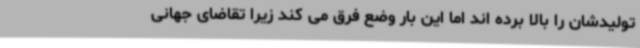
تولیدشان را بالا برده اند اما این بار وضع فرق می کند زیرا تقاضای جهانی